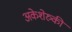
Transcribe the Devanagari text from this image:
अकेशेरुकी